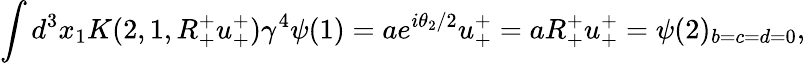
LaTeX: \int d^{3}x_{1}K(2,1,R_{+}^{+}u_{+}^{+})\gamma^{4}\psi(1)=ae^{i\theta_{2}/2}u_{+}^{+}=aR_{+}^{+}u_{+}^{+}=\psi(2)_{b=c=d=0},